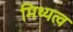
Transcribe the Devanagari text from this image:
मिथ्यत्व